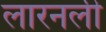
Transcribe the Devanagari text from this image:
लारनली